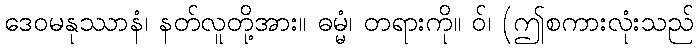
ဒေဝမနုဿာနံ၊ နတ်လူတို့အား။ ဓမ္မံ၊ တရားကို။ ဝ်၊ (ဤစကားလုံးသည်